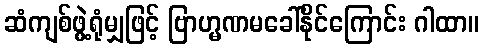
ဆံကျစ်ဖွဲ့ရုံမျှဖြင့် ဗြာဟ္မဏမခေါ်နိုင်ကြောင်း ဂါထာ။